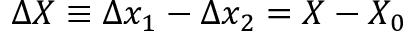
\Delta X \equiv \Delta x _ { 1 } - \Delta x _ { 2 } = X - X _ { 0 }